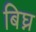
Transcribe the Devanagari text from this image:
बिघ्न